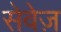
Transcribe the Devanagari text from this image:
सेवेज़